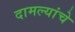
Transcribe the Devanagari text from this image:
दामल्यांचे